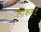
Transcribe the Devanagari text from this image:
लॉकहर्ट